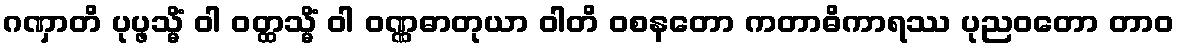
ဂဏှာတိ ပုပ္ဖသ္မိံ ဝါ ဝတ္ထသ္မိံ ဝါ ဝဏ္ဏဓာတုယာ ဝါတိ ဝစနတော ကတာဓိကာရဿ ပုညဝတော တာဝ